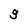
Character: g